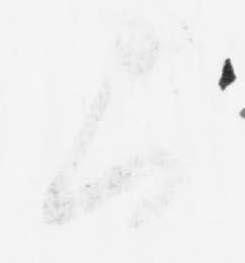
間